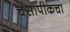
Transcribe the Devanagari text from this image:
चेसापीकचा